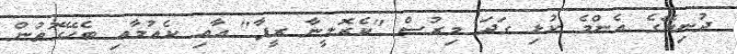
ދުނިޔޭގެ އެންމެ ކުޅި ގަދަ މިރުސް "ކެރޮލީނާ ރީޕާ" އާއި ކެއުމާއި ބެހޭގޮތުން